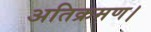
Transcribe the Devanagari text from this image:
अतिक्रमण।